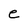
Character: e